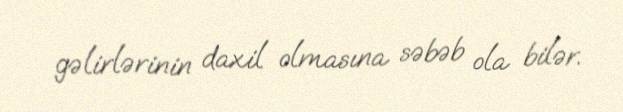
gəlirlərinin daxil olmasına səbəb ola bilər.